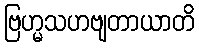
ဗြဟ္မသဟဗျတာယာတိ